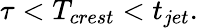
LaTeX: \tau<T_{crest}<t_{jet}.